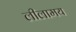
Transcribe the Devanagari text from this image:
लीलामय